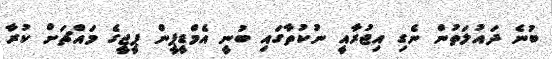
ބުނެ ދައުލަތުން ނެގި އިޖުރާއީ ނުކުތާގައި ބުނީ އެމްޑީޕީން ޕީޖީގެ މައްޗަށް ކުރާ